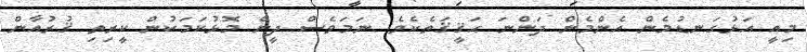
މިއީ އަޅުގަނޑުމެން އެންމެން ދަންނަ ޙަޤީޤަތެކެވެ. ނަމަވެސް ދީން މޮޅުކަމަކުން ކީރިތި ޤުރުއާން